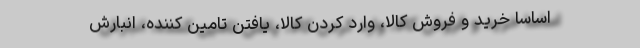
اساساً خرید و فروش کالا، وارد کردن کالا، یافتن تامین کننده، انبارش